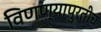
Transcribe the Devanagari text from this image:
विणण्यापुरतीच